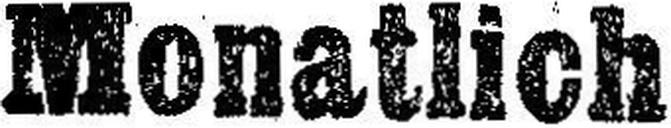
Monatlich